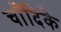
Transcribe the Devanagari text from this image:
चाँदिके